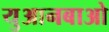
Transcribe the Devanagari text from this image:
युआनबाओ